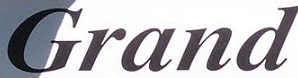
Grand